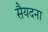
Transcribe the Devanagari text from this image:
सैयदना